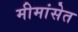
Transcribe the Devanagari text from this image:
मीमांसेत